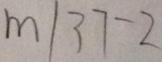
m \vert 3 7 - 2